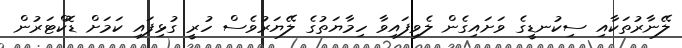
ލޭނާރުތަކާއި ސިކުނޑީގެ ވަށައިގެން ލެވިފައިވާ ހިމާޔަތުގެ ލޭޔަރުވެސް ހުރީ ގުޅިފައި ކަމަށް ޑޮކްޓަރުން